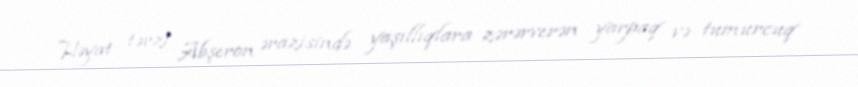
Həyat tərzi Abşeron ərazisində yaşıllıqlara zərərverən yarpaq və tumurcuq